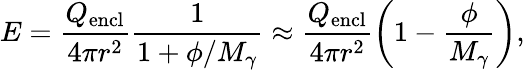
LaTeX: E=\frac{Q_{\mathrm{encl}}}{4\pi r^{2}}\frac{1}{1+\phi/M_{\gamma}}\approx\frac{Q_{\mathrm{encl}}}{4\pi r^{2}}\left(1-\frac{\phi}{M_{\gamma}}\right),